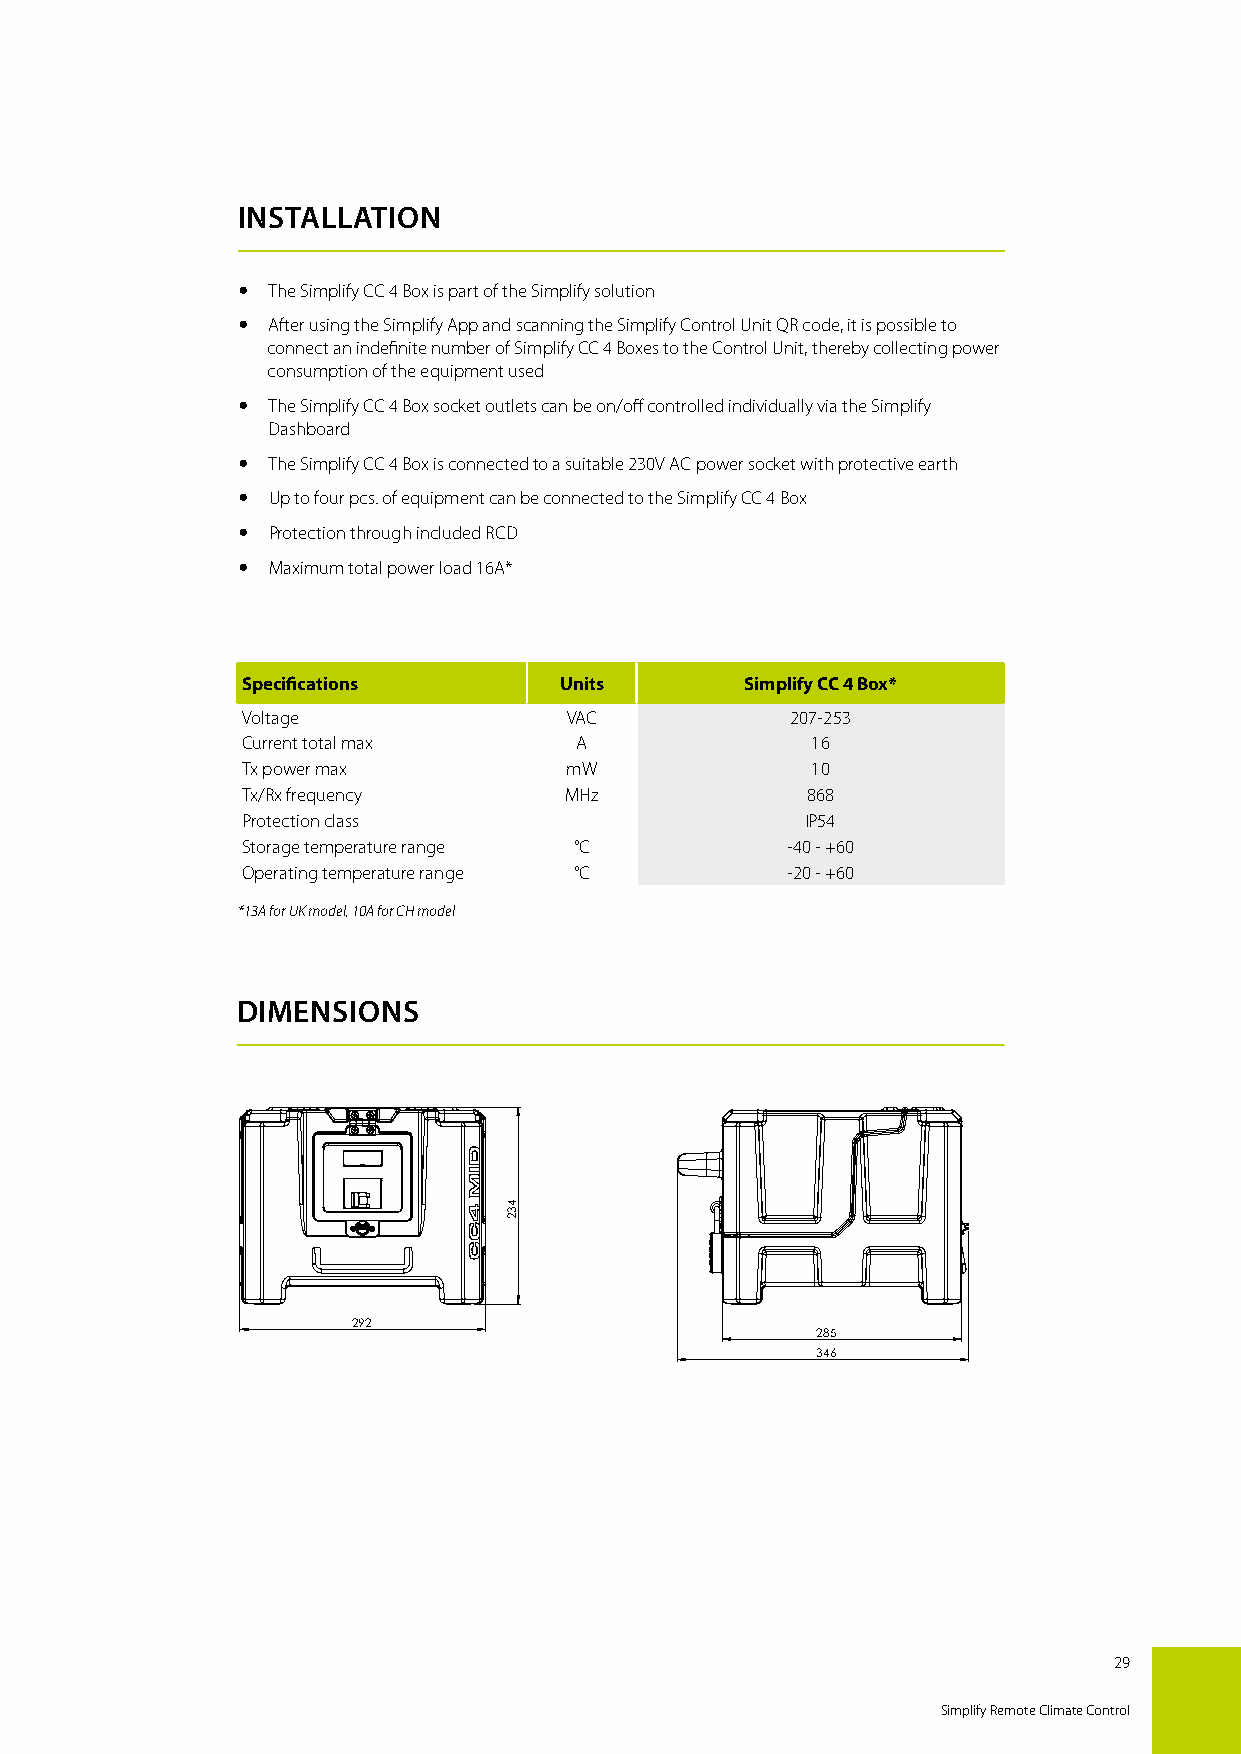
INSTALLATION
  The Simplify CC 4 Box is part of the Simplify solution
  After using the Simplify App and scanning the Simplify Control Unit QR code, it is possible to
 connect an indefinite number of Simplify CC 4 Boxes to the Control Unit, thereby collecting power
 consumption of the equipment used
  The Simplify CC 4 Box socket outlets can be on/off controlled individually via the Simplify
 Dashboard
  The Simplify CC 4 Box is connected to a suitable 230V AC power socket with protective earth
  Up to four pcs. of equipment can be connected to the Simplify CC 4 Box
  Protection through included RCD
  Maximum total power load 16A*
 Specifications       Units       Simplify CC 4 Box*
 Voltage              VAC            207-253
 Current total max     A               16
 Tx power max         mW               10
 Tx/Rx frequency      MHz             868
 Protection class                     IP54
 Storage temperature range °C        -40 - +60
 Operating temperature range °C      -20 - +60
 *13A for UK model, 10A for CH model
 DIMENSIONS
 292
 285
 346
 29
 Simplify Remote Climate Control
 432